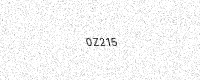
Text: 0Z215